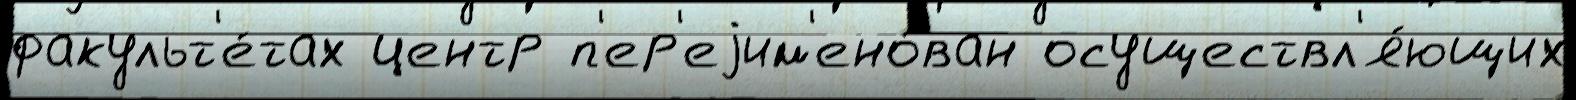
факульт'е́тах центр п'ер'еjим'ено́ван осуществл'я́ющих